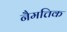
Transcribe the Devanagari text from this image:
नैमत्तिक